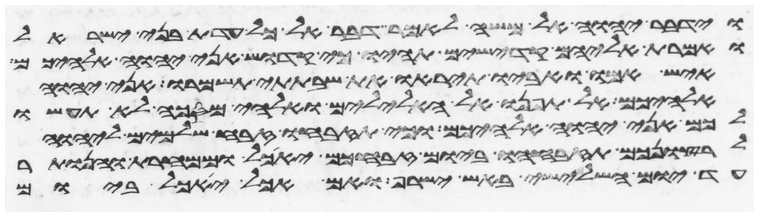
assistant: וידבר יהוה אל משה לאמר דבר אל כל עדת בני ישראל
ואמרת אליהם קדישים תהיו כי קדוש אני יהוה אלהיכם
איש אמו ואביו תיראו ואת שבתתי תשמרו אני יהוה
אלהיכם אל תפנו אל האלילים ואלהי מסכה לא תעשו
לכם אני יהוה אלהיכם וכי תזבחו זבח שלמים ליהוה
לרצונכם תזבחהו ביום זבחכם יאכל וממחרת והנותר
עד יום השלישי באש ישרף ואם אכל יאכל ביום